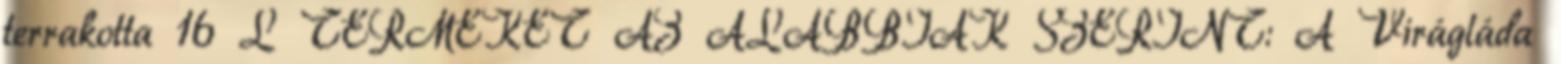
terrakotta 16 L TERMÉKET AZ ALÁBBIAK SZERINT: A Virágláda